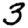
Digit: 3